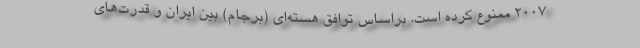
2007 ممنوع کرده است. براساس توافق هسته‌ای (برجام) بین ایران و قدرت‌های